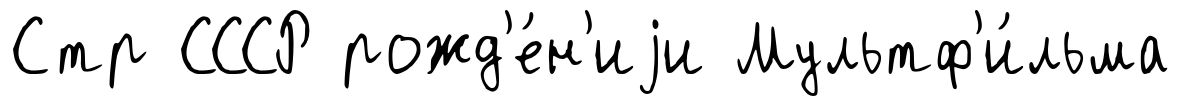
Стр СССР рожд'е́н'иjи Мультф'и́льма